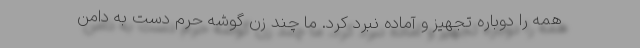
همه را دوباره تجهیز و آماده نبرد کرد. ما چند زن گوشه حرم دست به دامن